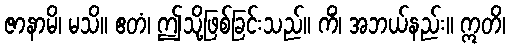
ဇာနာမိ၊ မသိ။ ဧတံ၊ ဤသို့ဖြစ်ခြင်းသည်။ ကိံ၊ အဘယ်နည်း။ ဣတိ၊